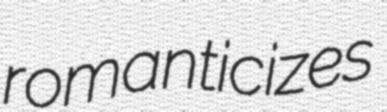
romanticizes